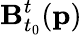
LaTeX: \mathbf{B}_{t_{0}}^{t}(\mathbf{p})